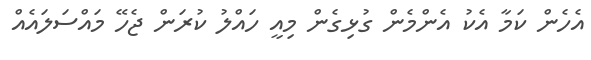
އެހެން ކަމާ އެކު އެންމެން ގުޅިގެން މިއީ ހައްލު ކުރަން ޖެހޭ މައްސަލައެއް